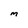
Character: M